Problem: 7 × 3 = ?
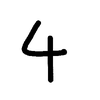
Handwritten answer: 4